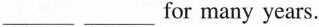
___ ___ for many years.